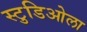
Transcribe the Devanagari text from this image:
स्टुडिओला